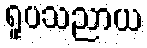
ရူပသညာယ